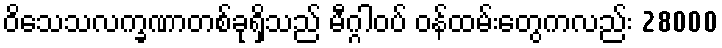
ဝိသေသလက္ခဏာတစ်ခုရှိသည် မီဂ္ဂါဝပ် ဝန်ထမ်းတွေကလည်း 28000